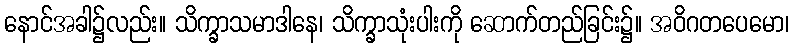
နောင်အခါ၌လည်း။ သိက္ခာသမာဒါနေ၊ သိက္ခာသုံးပါးကို ဆောက်တည်ခြင်း၌။ အဝိဂတပေမော၊